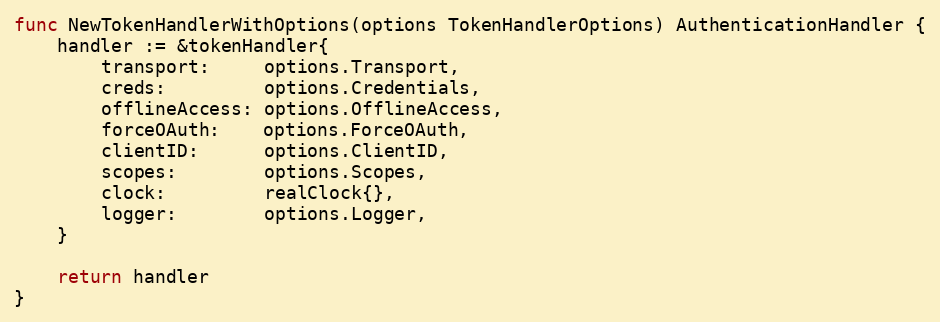
Language: Go
func NewTokenHandlerWithOptions(options TokenHandlerOptions) AuthenticationHandler {
	handler := &tokenHandler{
		transport:     options.Transport,
		creds:         options.Credentials,
		offlineAccess: options.OfflineAccess,
		forceOAuth:    options.ForceOAuth,
		clientID:      options.ClientID,
		scopes:        options.Scopes,
		clock:         realClock{},
		logger:        options.Logger,
	}

	return handler
}